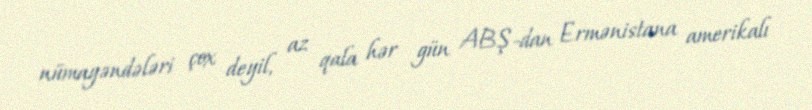
nümayəndələri çox deyil, az qala hər gün ABŞ-dan Ermənistana amerikalı